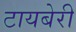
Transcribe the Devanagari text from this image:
टायबेरी